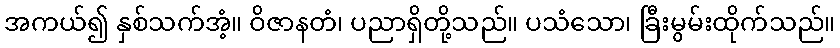
အကယ်၍ နှစ်သက်အံ့။ ဝိဇာနတံ၊ ပညာရှိတို့သည်။ ပသံသော၊ ခြီးမွမ်းထိုက်သည်။